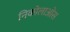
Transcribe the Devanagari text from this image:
निकोलाओस